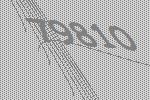
79810